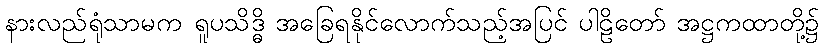
နားလည်ရုံသာမက ရူပသိဒ္ဓိ အခြေရနိုင်လောက်သည့်အပြင် ပါဠိတော် အဋ္ဌကထာတို့၌